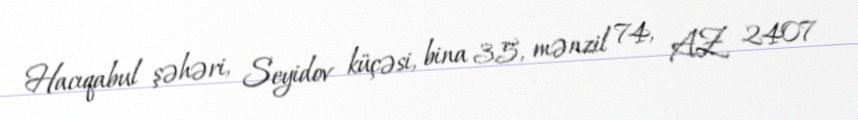
Hacıqabul şəhəri, Seyidov küçəsi, bina 35, mənzil 74, AZ 2407